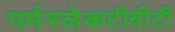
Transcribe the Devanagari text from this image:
पर्मस्लेकटीवीटी